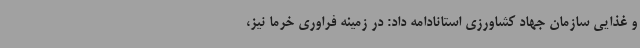
و غذایی سازمان جهاد کشاورزی استانادامه داد: در زمینه فراوری خرما نیز،